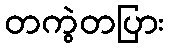
တကွဲတပြား